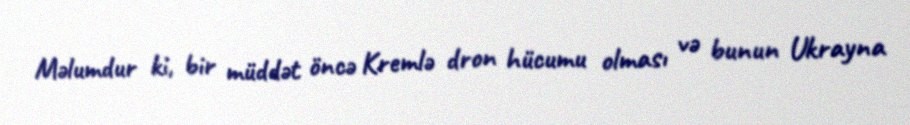
Məlumdur ki, bir müddət öncə Kremlə dron hücumu olması və bunun Ukrayna